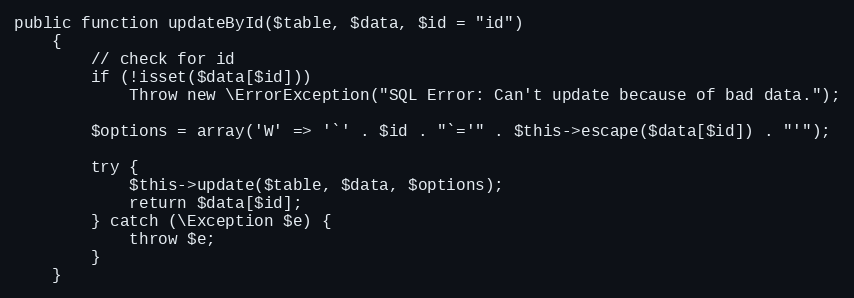
Language: PHP
public function updateById($table, $data, $id = "id")
    {
        // check for id
        if (!isset($data[$id]))
            Throw new \ErrorException("SQL Error: Can't update because of bad data.");

        $options = array('W' => '`' . $id . "`='" . $this->escape($data[$id]) . "'");

        try {
            $this->update($table, $data, $options);
            return $data[$id];
        } catch (\Exception $e) {
            throw $e;
        }
    }